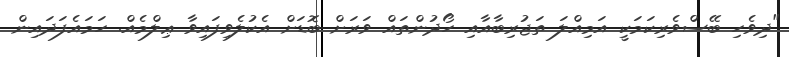
"ދިވެހި ބޭސްވެރިކަމަކީ އަމިއްލަ ތަޖުރިބާއާއި ހޯދުންތައް ވަރަށް ބޮޑަށް އެކުލެވިފައިވާ ޢިލްމެއް. ހަމައެފަދައިން